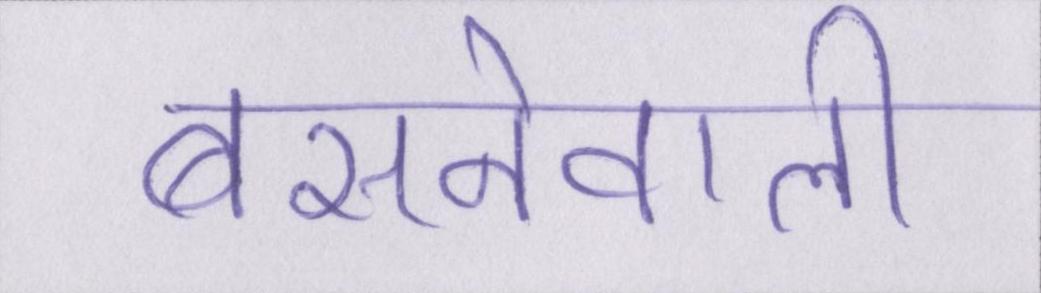
बसनेवाली